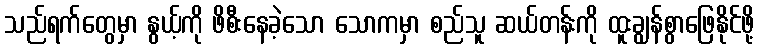
သည်ရက်တွေမှာ နွယ့်ကို ဖိစီးနေခဲ့သော သောကမှာ စည်သူ ဆယ်တန်းကို ထူးချွန်စွာဖြေနိုင်ဖို့